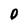
Character: O